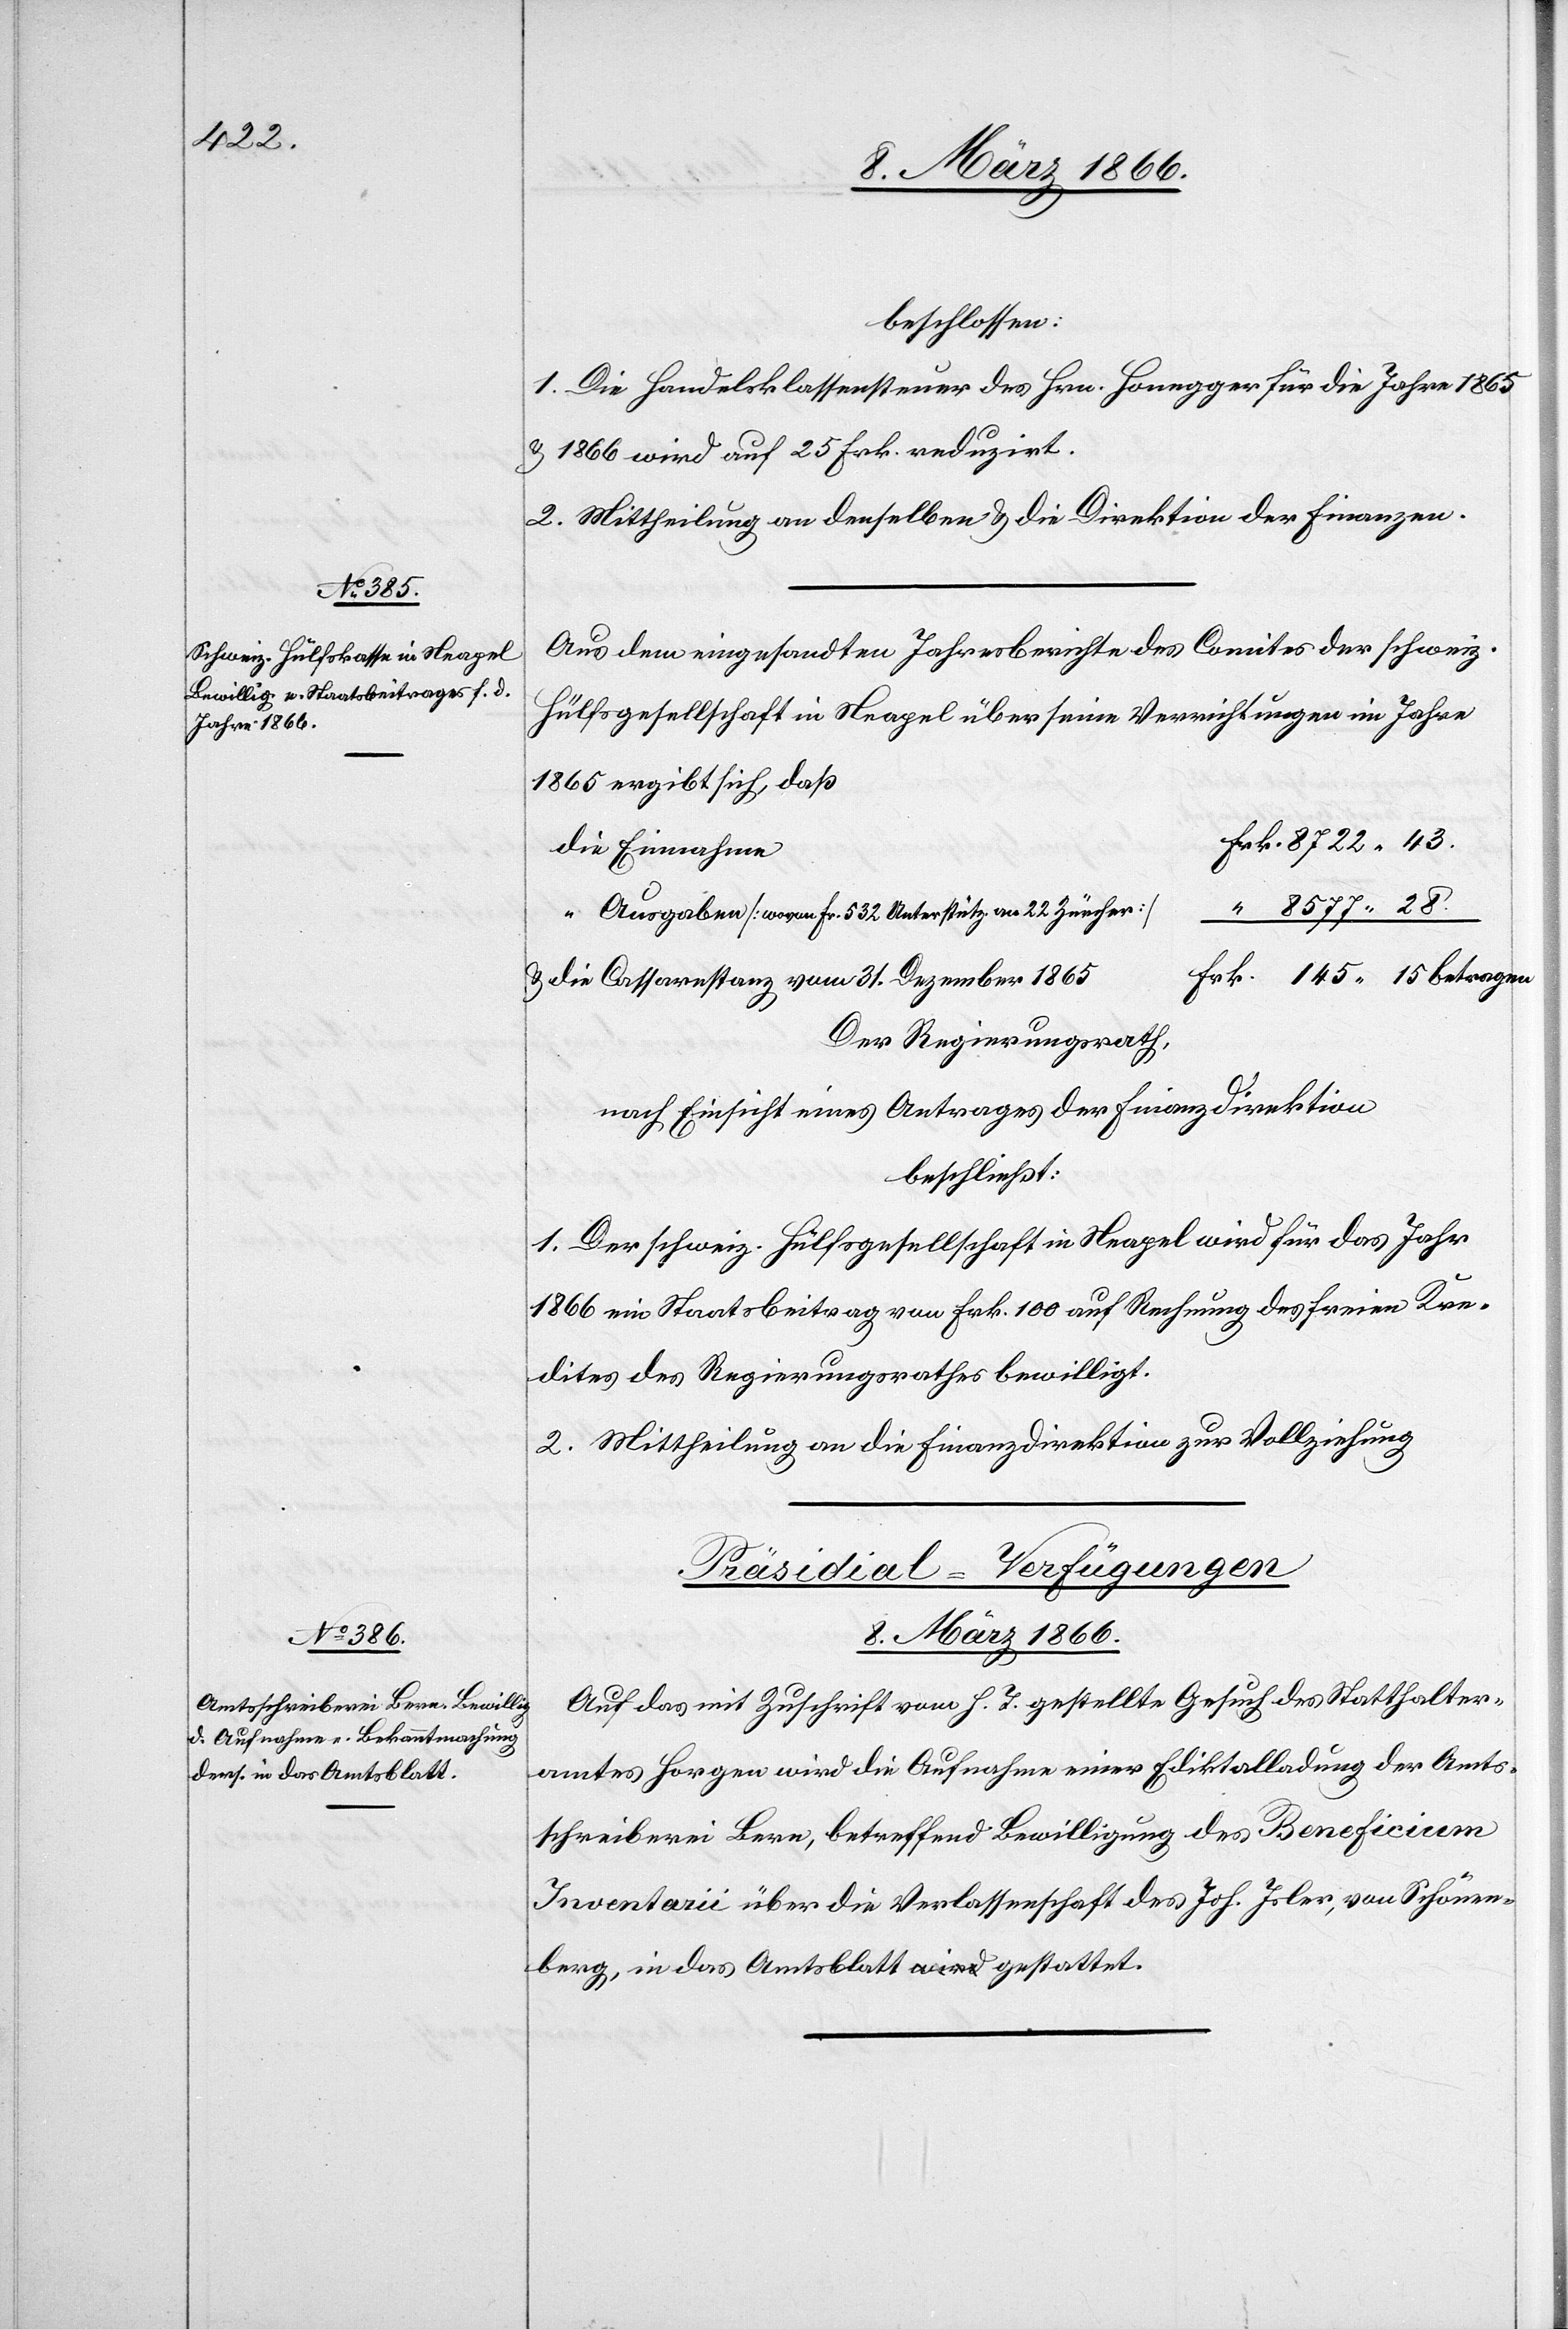
beschlossen:
1. Die Handelsklassensteuer des Hrn. Honegger für die Jahre 1865
u. 1866 wird auf 25 Fr. reduzirt.
2. Mittheilung an denselben u. die Direktion der Finanzen.
Aus dem eingesandten Jahresberichte des Comites der schweiz.
Hülfsgesellschaft in Neapel über seine Verrichtungen im Jahre
1865 ergibt sich, daß
die Einnahmen
8577, 28
“ Ausgaben [wovon Fr. 532 Unterstütz. an 22 Zürcher.]
u. die Cassarestanz vom 31. Dezember 1865
Der Regierungsrath,
nach Einsicht eines Antrages der Finanzdirektion
beschließt:
1. Der schweiz. Hülfsgesellschaft in Neapel wird für das Jahr
1866 ein Staatsbeitrag von Frk. 100 auf Rechnung des freien Kre¬
dites des Regierungsrathes bewilligt.
2. Mittheilung an die Finanzdirektion zur Vollziehung.
Präsidial-Verfügungen.
8. März 1866.
Auf das mit Zuschrift vom h. T. gestellte Gesuch des Statthalter¬
amtes Horgen wird die Aufnahme einer Editktalladung der Amts¬
schreiberei Bern, betreffend Bewilligung des Beneficium
Inventarii über die Verlassenschaft des Joh. Isler, von Schönen¬
berg, in das Amtsblatt gestattet.